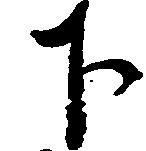
下